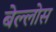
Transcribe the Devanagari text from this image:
बेल्लोस